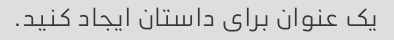
یک عنوان برای داستان ایجاد کنید.